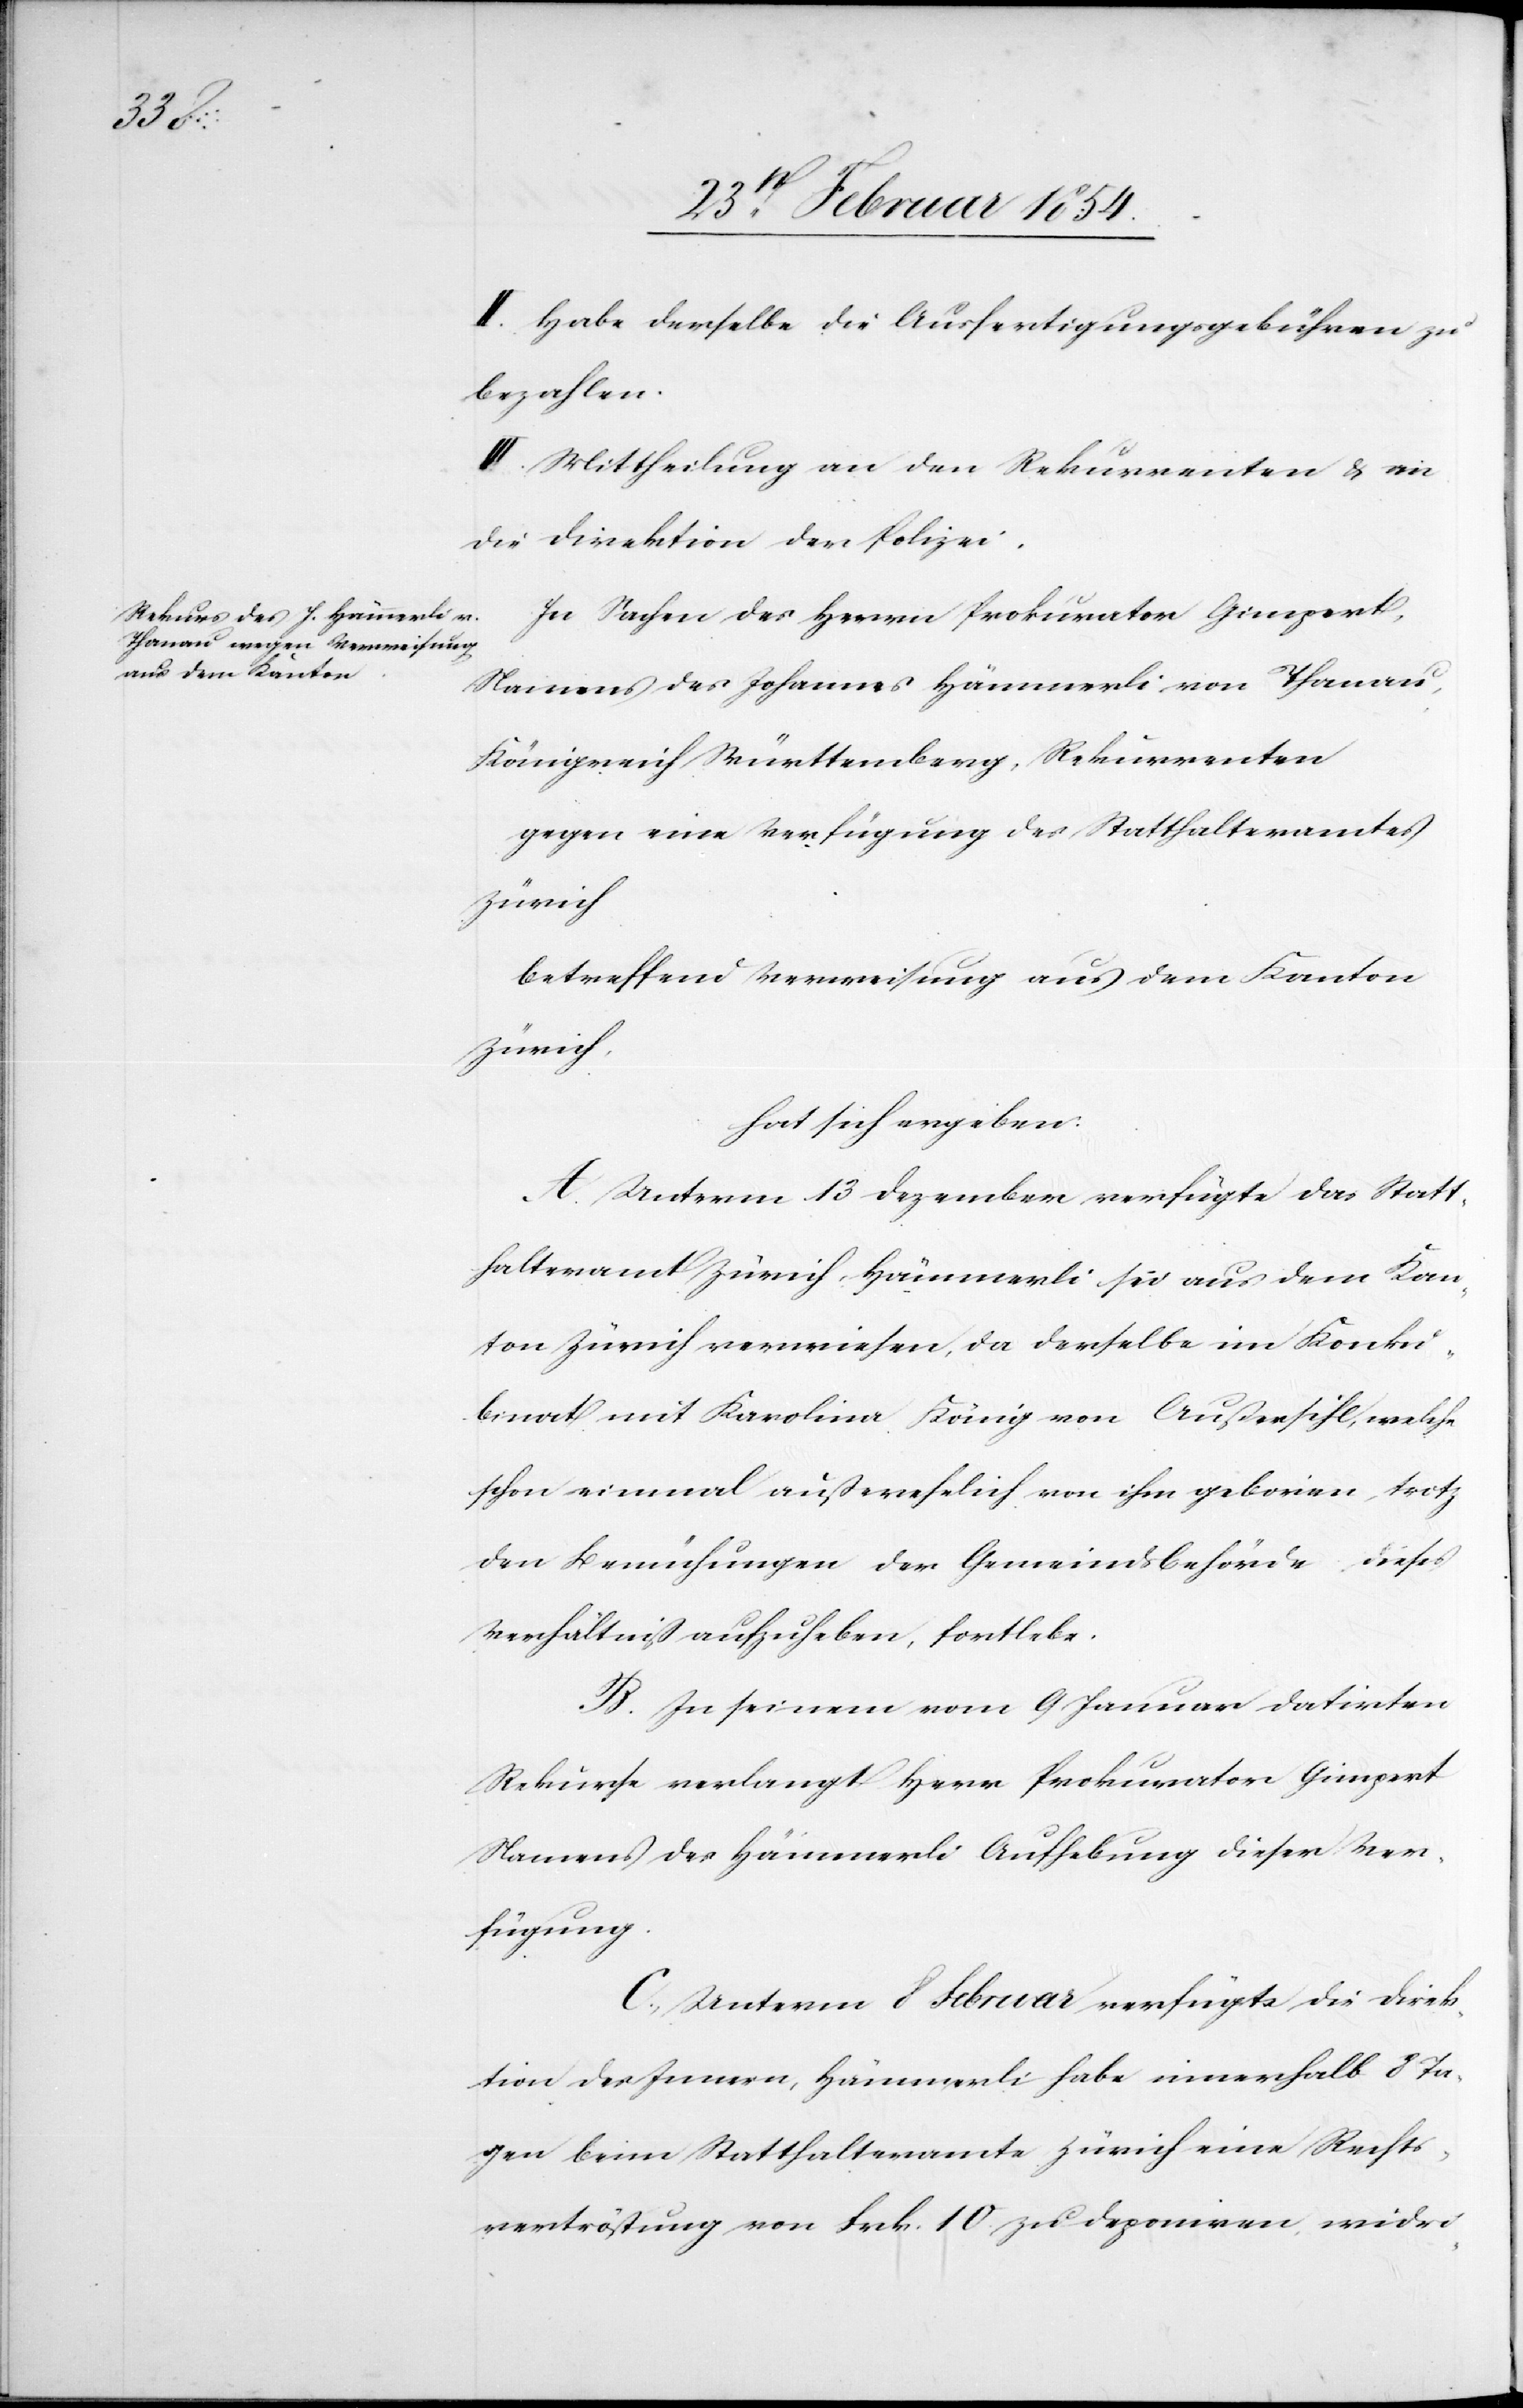
II. Habe derselbe die Ausfertigungsgebühren zu
bezahlen.
III. Mittheilung an den Rekurrenten & an
die Direktion der Polizei.
In Sachen des Herrn Prokurator Gimpert,
Namens des Johannes Hämmerli von Thanau,
Königreich Württemberg, Rekurrenten
gegen eine Verfügung des Statthalteramtes
Zürich
betreffend Verweisung aus dem Kanton
Zürich,
hat sich ergeben:
A. Unterm 13 Dezember verfügte das Statt¬
halteramt Zürich, Hämmerli sei aus dem Kan¬
ton Zürich verweisen, da derselbe im Konku¬
binat mit Karolina König von Außersihl, welche
schon einmal außerehelich von ihm geboren, trotz
den Bemühungen der Gemeindsbehörde dieses
Verhältniß aufzuheben, fortlebe.
B. In seinem vom 9 Januar datirten
Rekurse verlangt Herr Prokurator Gimpert
Namens des Hämmerli Aufhebung dieser Ver¬
fügung.
C. Unterm 8 Februar verfügte die Direk¬
tion des Innern, Hämmerli habe innerhalb 8 Ta¬
gen beim Statthalteramte Zürich eine Rechts¬
vertröstung von Frk. 10. zu deponiren, widri-